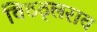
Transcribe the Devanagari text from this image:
विठठ्लराव